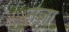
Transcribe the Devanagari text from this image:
नज़ा